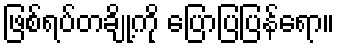
ဖြစ်ရပ်တချို့ကို ပြောပြပြန်ရော။